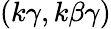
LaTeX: (k\gamma,k\beta\gamma)